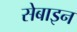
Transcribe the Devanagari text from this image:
सेबाइन